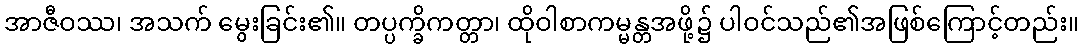
အာဇီဝဿ၊ အသက် မွေးခြင်း၏။ တပ္ပက္ခိကတ္တာ၊ ထိုဝါစာကမ္မန္တအဖို့၌ ပါဝင်သည်၏အဖြစ်ကြောင့်တည်း။